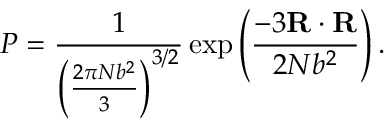
P = { \frac { 1 } { \left( { \frac { 2 \pi N b ^ { 2 } } { 3 } } \right) ^ { 3 / 2 } } } \exp \left( { \frac { - 3 \mathbf { R } \cdot \mathbf { R } } { 2 N b ^ { 2 } } } \right) .